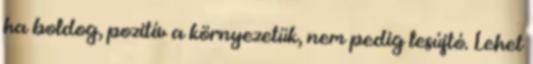
ha boldog, pozitív a környezetük, nem pedig lesújtó. Lehet